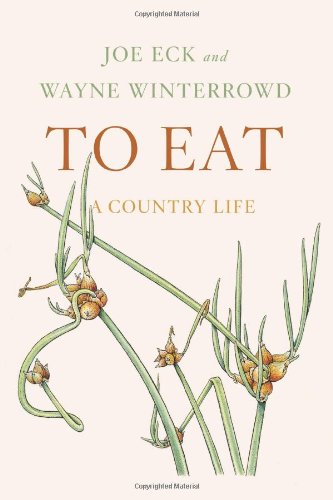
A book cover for To Eat: A Country Life; Joe Eck; Crafts, Hobbies & Home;